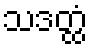
သဒတ္ထံ